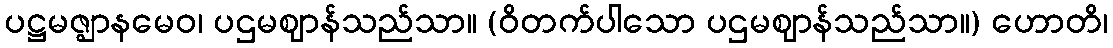
ပဋ္ဌမဇ္ဈာနမေဝ၊ ပဌမဈာန်သည်သာ။ (ဝိတက်ပါသော ပဌမဈာန်သည်သာ။) ဟောတိ၊